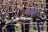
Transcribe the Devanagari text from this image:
फर्हान